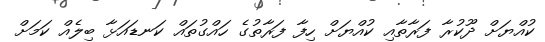
ކުއްޔަށް ދޫކުރާ ފަރާތާއި ކުއްޔަށް ހިފާ ފަރާތުގެ ހައްގުތައް ކަނޑައަޅާ ބިލެއް ކަމަށް